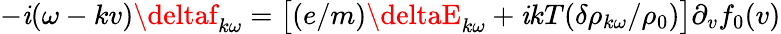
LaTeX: -\mathit{i}(\omega-kv)\deltaf_{k\omega}=\big[(e/m)\deltaE_{k\omega}+\mathit{i}kT(\delta\rho_{k\omega}/\rho_{0})\big]\partial_{v}f_{0}(v)